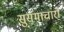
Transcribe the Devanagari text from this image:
सुसमाचारों